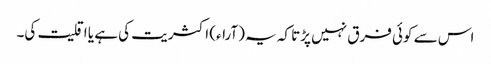
اس سے کوئی فرق نہیں پڑتا کہ یہ (آراء) اکثریت کی ہے یا اقلیت کی۔